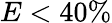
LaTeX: E<40\%